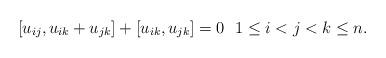
LaTeX: \begin{gather*}[u_{ij},u_{ik}+u_{jk}]+[u_{ik},u_{jk}]=0 \ \ 1 \le i < j < k \le n.\end{gather*}